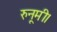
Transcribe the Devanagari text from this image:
रुनूमी।